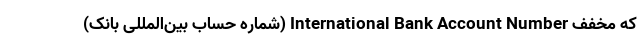
که مخفف International Bank Account Number (شماره حساب بین‌المللی بانک)